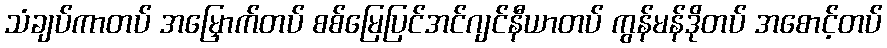
သံချပ်ကာတပ် အမြှောက်တပ် စစ်မြေပြင်အင်ဂျင်နီယာတပ် ကွန်မန်ဒိုတပ် အစောင့်တပ်